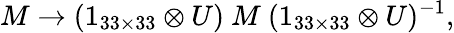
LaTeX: M\rightarrow(1_{33\times 33}\otimes U)\ M\ (1_{33\times 33}\otimes U)^{-1},